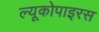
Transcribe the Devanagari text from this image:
ल्यूकोपाइरस